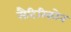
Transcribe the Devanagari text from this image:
सैटिरिकोन